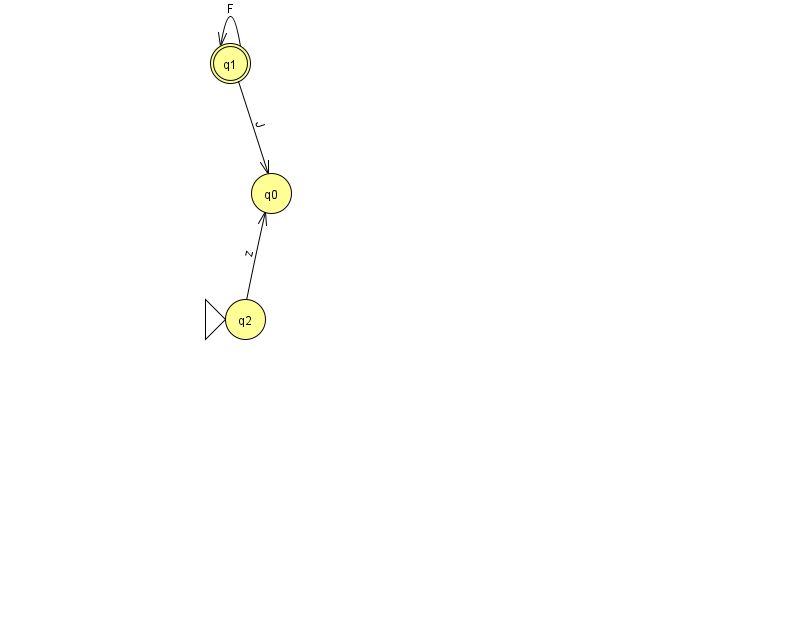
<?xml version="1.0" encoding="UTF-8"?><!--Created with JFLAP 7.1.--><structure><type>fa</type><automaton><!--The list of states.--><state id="0" name="q0"><x>271.0</x><y>180.0</y></state><state id="1" name="q1"><x>230.0</x><y>50.0</y><final/></state><state id="2" name="q2"><x>245.0</x><y>306.0</y><initial/></state><!--The list of transitions.--><transition><from>2</from><to>0</to><read>z</read></transition><transition><from>1</from><to>1</to><read>F</read></transition><transition><from>1</from><to>0</to><read>J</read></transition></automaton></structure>